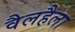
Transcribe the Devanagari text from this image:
वैलहैला